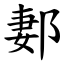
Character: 郪